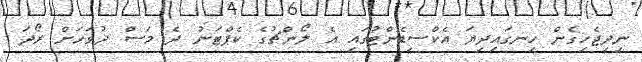
ނިދިޖެހިގެން ހިނގައިދިޔަ އެކްސިޑެންޓުގައި އެ ލޯންޗުގެ ކެޕްޓަނު ދެ މަސް ދުވަހަށް ރޯދަ